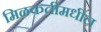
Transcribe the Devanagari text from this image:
मिळकतीमधील